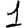
Digit: 1